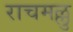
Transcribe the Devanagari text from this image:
राचमल्लु